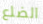
الضلع